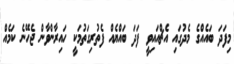
މިފަދަ ބައެއްގެ މެދުގައި އެޗްއައިވީ ފަދަ ބައްޔެއް ފެތުރިގަތުމަކީ ހައިރާންވާން ޖެހޭނެ ކަމެއް